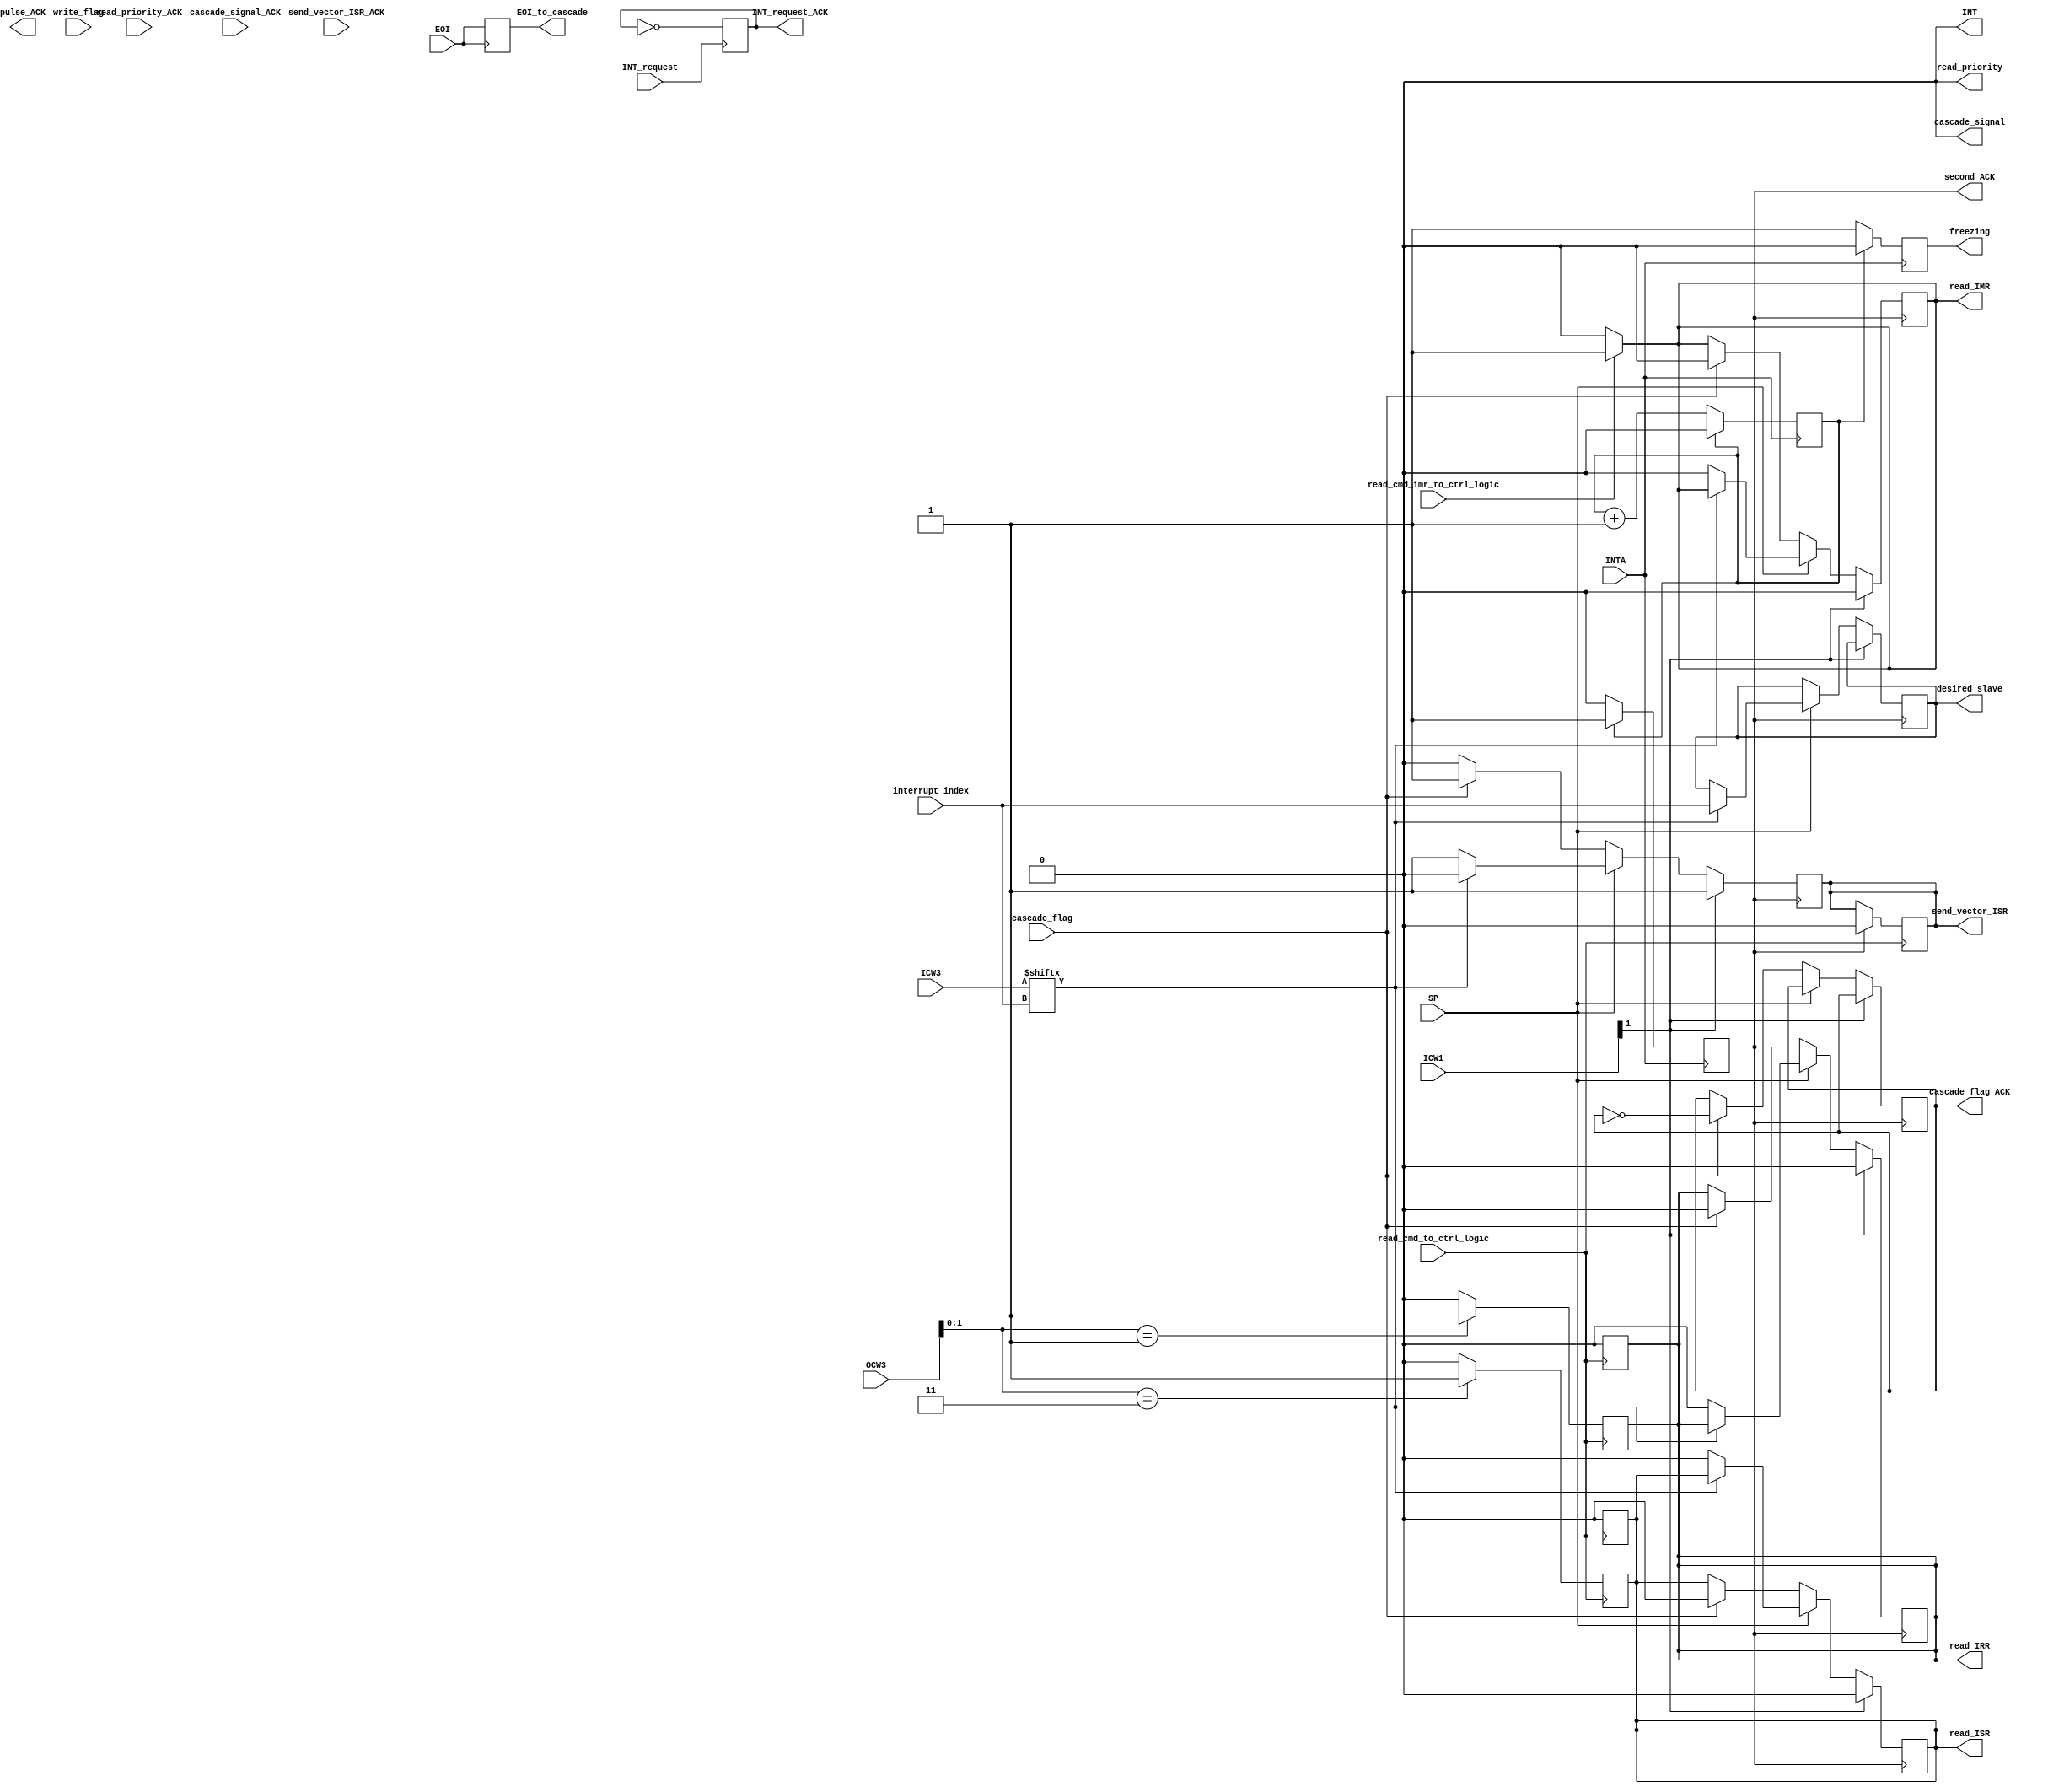
module ControlLogic(
    input INTA,                             // Input: Interrupt acknowledge from CPU.
    input INT_request,                      // Input: Interrupt request from priority resolver.

    input read_priority_ACK,                // Input: Acknowledge to deactivate the read_priority flag.

    input [2:0] interrupt_index,            // Input: ID of the interrupt to be handled (comes from ISR).
    input send_vector_ISR_ACK,              // Input: Acknowledge to deactivate the send_vector_ISR flag.

    input read_cmd_to_ctrl_logic,           // Input: Sent from read/write logic to read status of ISR or IRR.
    input [7:0] OCW3,                       // Input: Will be used to know which register to read its status. 
    input write_flag,                       // Input: to indicate that there are writing operation. 
    input [7:0]ICW3,                        // Input: Used in cascade mode.
    input read_cmd_imr_to_ctrl_logic,       // Input: Read command to control logic to active IMR to read its state.
    input [7:0] ICW1,                       // Input: Used to determine if operating in cascade mode or single mode.
    input cascade_flag,                     // Input: In case of slave, it will be sent from cascade controller in case that it's the desired slave.
    input SP,                               // Input: to determined the pic is master or slave.
    input cascade_signal_ACK,               // Input: Acknowledge for cascade_signal from cascade controller to reset the signal.
    input EOI,                              // Input: End of Interrupt signal.

    output reg INT = 0,                         // Output: Interrupt request will be sent to CPU.

    output reg read_IRR,                    // Output: Signal to read IRR status (sent to IRR).
    output reg read_priority,               // Output: Set after the first INTA pulse (sent to IRR and ISR).
    
    output reg freezing,                    // Output: Set between two INTA pulse.
    output reg INT_request_ACK=1'b0,        // Output: Acknowledge for INT_request flag.

    output reg read_IMR,                    // Output: Signal to read IMR status (sent to IMR).

    output reg send_vector_ISR,             // Output: Flag to allow ISR to send its Vector.
    output reg read_ISR,                    // Output: Signal to read ISR status ( will be sent to ISR).
    output reg pulse_ACK,                   // Output: Acknowledge will be sent to ISR.
    output reg second_ACK=0,                // Output: Determine that second INTA came (sent to ISR).
    
    output reg EOI_to_cascade,              // Output: Signal to cascade controller to reset cascade lines(in case of cascading mode and master).
    output reg cascade_signal,              // Output: Signal to cascade controller to start working (Master mode).
    output reg [2:0] desired_slave,         // Output: Slave ID that will be sent to cascade controller (Master mode).
    output reg cascade_flag_ACK=1'b0        // Output: Acknowledge for cascade flag (slave mode).
);
   // Configurations for read_ISR and read_IRR flags
    localparam read_from_ISR =2'b11;        // Local parameter representing read from ISR mode
    localparam read_from_IRR =2'b01;        // Local parameter representing read from IRR mode
    reg [1:0] read_register;
    // Determine which register to read from LS 3 bits    
    always @(OCW3)begin
        read_register=OCW3[1:0];
    end
    
    // Do configurations when recieving signal from read/write logic
    always @(posedge read_cmd_to_ctrl_logic) begin
        // Decide what flag to set based on OCW3 signal 
        case(read_register)
            read_from_ISR: begin
                read_ISR<=1'b1; // set read from ISR flag
                read_IRR<=1'b0; // reset read from IRR flag 
            end
            read_from_IRR: begin
                read_IRR<=1'b1; // set read from IRR flag
                read_ISR<=1'b0; // reset read from ISR flag
            end
            default: begin
                read_IRR<=1'b0; // reset read from IRR flag
                read_ISR<=1'b0; // reset read from ISR flag
            end
        endcase 
    end
    
    // Deactive flags to stop reading the IRR and ISR Registers
    always @(negedge read_cmd_to_ctrl_logic) begin
        read_ISR<=1'b0;
        read_IRR<=1'b0;
    end

    // Block to handle reading from IMR register when recieving signal from read/write logic
    always @(read_cmd_imr_to_ctrl_logic)
    begin
        // Activate read from IMR
        if(read_cmd_imr_to_ctrl_logic)
        begin
            read_IMR <= 1'b1;
        end
        // Deactivate read from IMR
        else
        begin
            read_IMR <= 1'b0;
        end
    end

    // Configurations for freezing and read_priority flags
    localparam first_INTA=1'b0;         // Local parameter representing first INTA
    localparam second_INTA=1'b1;        // Local parameter representing second INTA
    reg counter=0; //  Counter to determine first and second INTA
    // Do logic based on first or second acknowledge from CPU
    always@(negedge INTA)begin
        // if it's the first INTA set read_priority and freezing flags
        if(counter==first_INTA)begin
            read_priority=1'b1;
            freezing=1'b1;
            counter=counter+1;
            second_ACK=0;
        end
        // if it't the second INTA reset read_priority and freezing flags
        else if(counter==second_INTA)begin
            read_priority=1'b0;
            freezing=1'b0;
            counter=1'b0;
            second_ACK=1;
        end
    end

    // Handling INT request which will be sent to Processor
    // if there is any reading or writing operations we can't send any interrupt
    always@(posedge INT_request)begin
        // Set INT to cpu only if cpu isn't writing on PIC and ther's no reading status from any register
        if(write_flag == 1'b0)
        begin
            INT <= 1'b1;
        end
        INT_request_ACK = ~INT_request_ACK; // Send acknowledge for INT_request flag
    end

    // At end of interrupt send flag to cascade controller to set cascade lines to 3'bzzz to be ready for next interrupt
    // and reset INT flag.
    always @(posedge EOI)begin
        EOI_to_cascade=EOI;
        INT=0;
    end
    
    // Handling sending vector on data buffer for CPU
    localparam MASTER=1'b1;     // Local parameter representing current PIC is master
    localparam SLAVE=1'b0;      // Local parameter representing current PIC is slave
    always@(posedge second_ACK) // Start configurations on the secont INTA
    begin
        // Check bit no. 1 from ICW1 to determine if single or cascade mode 
        // In case of single mode: send flag to ISR to send vector of current interrupt to data buffer
        if(ICW1[1])begin
            send_vector_ISR=1;
            cascade_signal=0;
            read_ISR=0;
            read_IRR=0;
            read_IMR=0;
        end
        // In case of cascade mode: we must first check if the current PIC is master or slave
        // based on the SP signal sent from cascade controller.
        // In case of current pic is master: Check if the interrupt index is for slave or not
        // if it's for slave send flag to cascade controller with the slave ID to handle it
        else begin
            if(SP==MASTER)begin
                if(ICW3[interrupt_index])begin
                send_vector_ISR=0;
                cascade_signal=1;
                desired_slave=interrupt_index;
            end
            // if it's not for slave then send flag to ISR to send vector of current interrupt to data buffer
            else begin
                send_vector_ISR=1;
                cascade_signal=0;
                read_ISR=0;
                read_IRR=0;
                read_IMR=0;
            end
            end
            // In case of current pic is slave
            // must check if there's a flag from cascade controller that the current slave should send it's vector
            else if(SP==SLAVE)begin
                // There's coming flag from cascade controller then send the vector
                if(cascade_flag) begin
                    send_vector_ISR=1;
                    read_ISR=0;
                    read_IRR=0;
                    read_IMR=0;
                    cascade_flag_ACK=~cascade_flag_ACK; // send ACK for cascade_flag 
                end
                // There's not coming flag from cascade controller then dont send the vector (There's another slave will send)
                else begin
                    send_vector_ISR=0;
                end
            end       
            end
    end
    // reset flag sent to cascade controller when recieving acknowledge
    always @(cascade_signal_ACK)begin
        cascade_signal=1'b0;
    end
    // reset flag sent to ISR when recieving acknowledge
    always @(negedge read_cmd_to_ctrl_logic)begin
      if(second_ACK == 1) begin
        send_vector_ISR=1'b0;
        
      end
    end

    // reset read_priority flag when recieving acknowledge
    always@(read_priority_ACK)
    begin
        read_priority = 1'b0; 
    end

endmodule